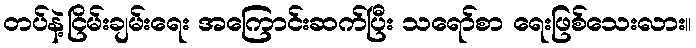
တပ်နဲ့ငြိမ်းချမ်းရေး အကြောင်းဆက်ပြီး သရော်စာ ရေးဖြစ်သေးလား။